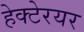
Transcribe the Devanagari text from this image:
हेक्टेरयर